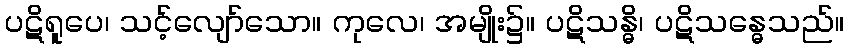
ပဋိရူပေ၊ သင့်လျော်သော။ ကုလေ၊ အမျိုး၌။ ပဋိသန္ဓိ၊ ပဋိသန္ဓေသည်။